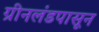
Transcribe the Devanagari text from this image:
ग्रीनलंडपासून